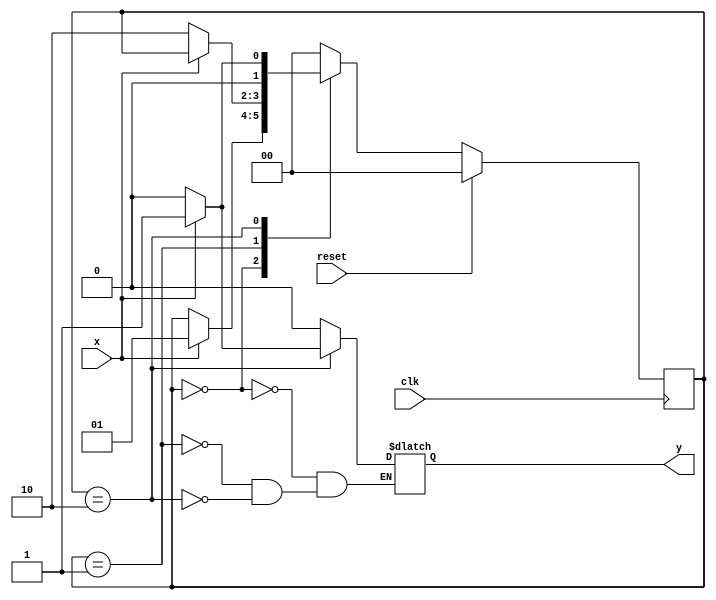
`timescale 1ns / 1ps
//////////////////////////////////////////////////////////////////////////////////
// Company: 
// Engineer: 
// 
// Design Name: 
// Module Name:    mealy101 
// Project Name: 
// Target Devices: 
// Tool versions: 
// Description: 
//
// Dependencies: 
//
// Revision: 
// Revision 0.01 - File Created
// Additional Comments: 
//
//////////////////////////////////////////////////////////////////////////////////
module mealy101(
	input x,clk,reset,
	output reg y
    );
	 
	 reg [1:0] cst,nst;
	 
	 parameter s0=2'b00, s1=2'b01, s2=2'b10;
	 
	 always@(cst or x) begin
		case(cst)
		s0: begin
				if(x) begin
					nst=s1;
					y=0;
					end
				else begin
					nst=cst;
					y=0;
					end
			end	
		s1: begin
				if(~x) begin
					nst=s2;
					y=0;
					end
				else begin
					nst=cst;
					y=0;
					end
			end
		s2: begin
				if(x) begin
					nst=s1;
					y=1;
					end
				else begin
					nst=s0;
					y=0;
					end
			end
		default: nst=s0;
	endcase
	
	end
	
	always@(posedge clk) begin
		if(reset)
			cst <= s0;
		else
			cst <= nst;
	end
		
	//assign y=(cst==s2)&x    output depends on current state as well input in mealy
endmodule